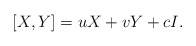
\begin{align*}[X,Y] = u X + v Y + c I.\end{align*}